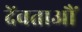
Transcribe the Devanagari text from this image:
देंवताऔं